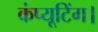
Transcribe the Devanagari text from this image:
कंप्यूटिंग।